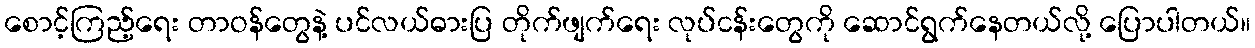
စောင့်ကြည့်ရေး တာဝန်တွေနဲ့ ပင်လယ်ဓားပြ တိုက်ဖျက်ရေး လုပ်ငန်းတွေကို ဆောင်ရွက်နေတယ်လို့ ပြောပါတယ်။